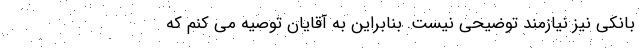
بانکی نیز نیازمند توضیحی نیست. بنابراین به آقایان توصیه می کنم که